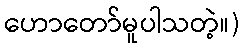
ဟောတော်မူပါသတဲ့။)